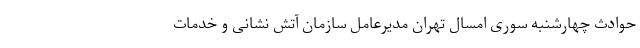
حوادث چهارشنبه سوری امسال تهران مدیرعامل سازمان آتش نشانی و خدمات